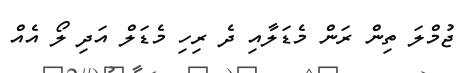
ޖުމްލަ ތިން ރަން މެޑަލާއި ދެ ރިހި މެޑަލް އަދި ލޯ އެއް